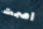
اصمت